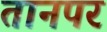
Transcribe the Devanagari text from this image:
तानपर